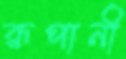
রূপানী